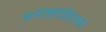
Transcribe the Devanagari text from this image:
इजिप्विरुद्ध